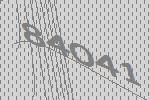
84041